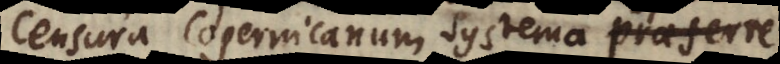
Censura Copernicanum systema praeferre